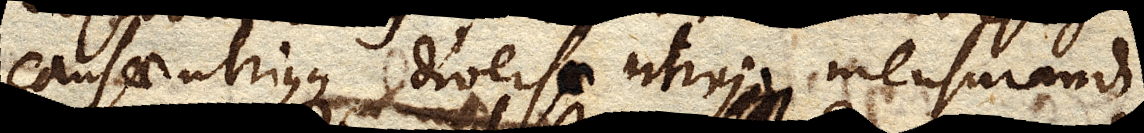
causae utriusque diversae utriusque mensurandi